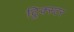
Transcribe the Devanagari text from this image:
ट्रिक्स्टर